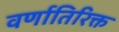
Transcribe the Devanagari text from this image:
वर्णातिरिक्त